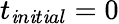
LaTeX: t_{\mathit{i}n\mathit{i}t\mathit{i}al}=0